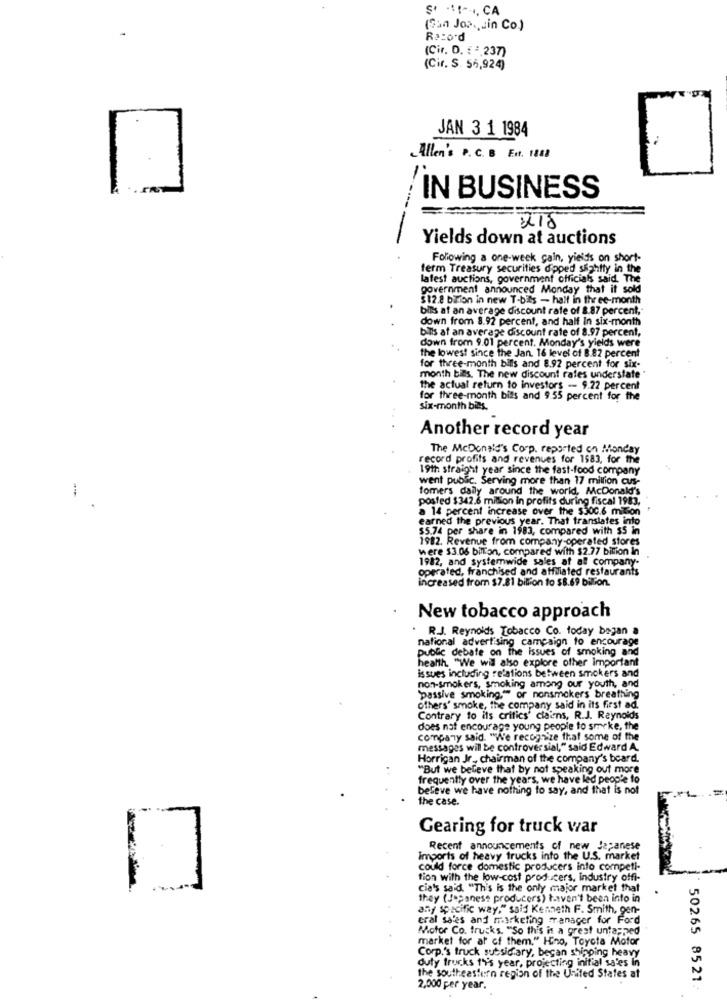
ş. ..!--, CA
(San Jos ., sin Co.)
Record
(Cir. D. E ",237)
(Cir. S. 55,924)
JAN 3 1 1984
Allen's P. C. B Ent. 1888
-
IN BUSINESS
-
218
Yields down at auctions
Following a one-week cain, yields on short-
ferm Treasury securities dipped sightty in the
latest auctions, government officials said. The
government announced Monday that it sold
$12.8 btion in new T-bils - half in three-month
bilis at an average discount rate of 8.87 percent,
down from 8.92 percent, and half In six-month
bills af an average discount rate of 8.97 percent,
down from 9.01 percent. Monday's yields were
the lowest since the Jan. 16 level of 8.82 percent
for three-month bills and 8.92 percent for six-
month bills. The new discount rates undersfate "
the actual return to investors -- 9.22 percent
for three-month bills and 9.55 percent for the
six-month bills.
Another record year
The McDonald's Corp. reported on Monday
record profits and revenues for 1583, for the
19th straight year since the fast-food company
went public. Serving more than 17 million cus-
tomers daily around the world, McDonald's
posted $342.8 million in profits during fiscal 1983,
a 14 percent increase over the $300.6 milion
earned the previous year. That translates into
$5.74 per share in 1983, compared with $5 in
1982. Revenue from company-operated stores
were $3.06 billion, compared with $2.77 billion in
1982, and systemwide sales af all company-
operated, franchised and affiliated restaurants
increased from $7.81 bilion to $8.69 billion.
New tobacco approach
R.J. Reynolds Tobacco Co. today began a
national advertising campaign to encourage
public debate on the issues of smoking and
health. "We will also explore other important
issues including relations between smokers and
non-smokers, smoking among our youth, and
"passive smoking." or nonsmokers breathing
others' smoke, the company said in its first ad.
Contrary to its critics' claims, R.J. Reynolds
does not encourage young people to smoke, the
company said. "We recognize that some of the
messages will be controversial," said Edward A.
Horrigan Jr, chairman of the company's beard.
"But we believe that by not speaking out more
frequently over the years, we have led people to
believe we have nothing to say, and that is not
the case.
Gearing for truck war
Recent announcements of new Japanese
imports of heavy trucks into the U.S. market
could force domestic producers info competi-
tion with the low-cost producers, industry offi-
cia's said. "This is the only major market that
they (Japanese producers) haven't been into in
any specific way," said Kenneth F. Smith, gen-
eral sales and marketing manager for Ford
Motor Co. trucks. "So this is a great untapped
market for at of them." Hino, Toyota Motor
Corp.'s truck subsidiary, began shipping heavy
duty trucks this year, projecting initial sales in
the southeastern region of the United States at
2,000 per year.
50265 8521.